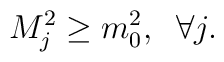
M_{j}^{2}\geq m_{0}^{2},\;  \; \forall j.